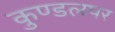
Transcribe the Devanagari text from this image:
कुण्डलपर